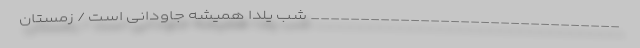
_______________________________ شب یلدا همیشه جاودانی است / زمستان